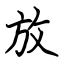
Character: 放